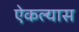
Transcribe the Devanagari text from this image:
ऐकल्यास